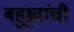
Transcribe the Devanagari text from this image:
बहुध्रुवांची